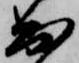
出